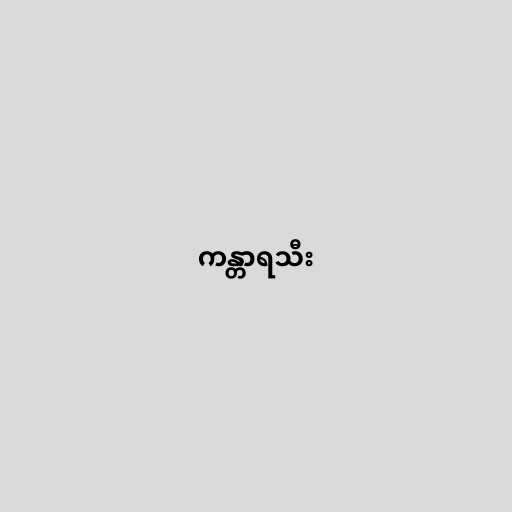
ကန္တာရသီး